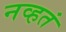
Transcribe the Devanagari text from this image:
नव्‍हतं